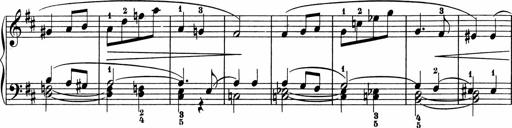
Title: 5 Sonatinen fÃ¼r die Jugend
Composer: Carl Reinecke